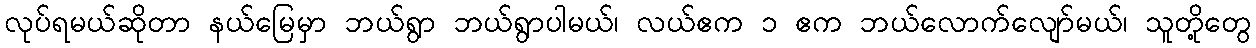
လုပ်ရမယ်ဆိုတာ နယ်မြေမှာ ဘယ်ရွာ ဘယ်ရွာပါမယ်၊ လယ်ဧက ၁ ဧက ဘယ်လောက်လျော်မယ်၊ သူတို့တွေ